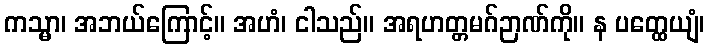
ကသ္မာ၊ အဘယ်ကြောင့်။ အဟံ၊ ငါသည်။ အရဟတ္တမဂ်ဉာဏ်ကို။ န ပတ္ထေယျံ၊